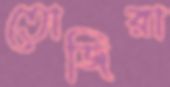
তোজিরা